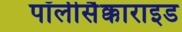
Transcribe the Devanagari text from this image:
पॉलीसैक्काराइड